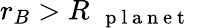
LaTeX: r_{B}>R_{\mathrm{~\textbf~{~p~l~a~n~e~t~}~}}